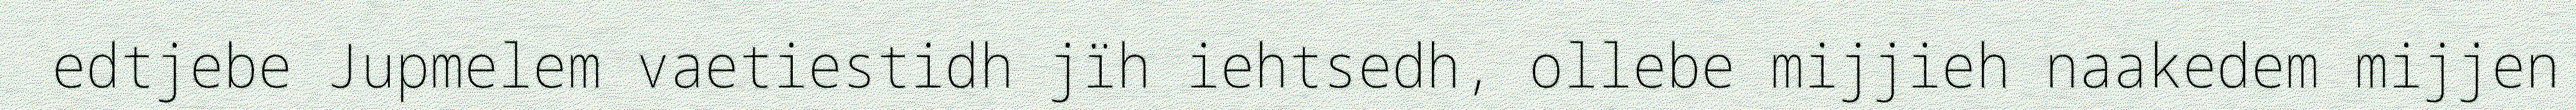
edtjebe Jupmelem vaetiestidh jïh iehtsedh, ollebe mijjieh naakedem mijjen